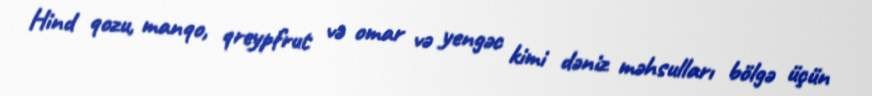
Hind qozu, manqo, qreypfrut və omar və yengəc kimi dəniz məhsulları bölgə üçün